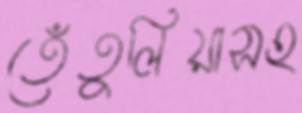
তেঁতুলিয়াসহ